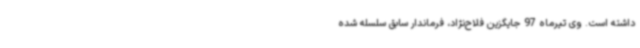
داشته است. وی تیرماه 97 جایگزین فلاح‌نژاد، فرماندار سابق سلسله شده